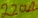
Text: 220Ω